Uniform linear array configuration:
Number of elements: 4
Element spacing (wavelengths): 0.75
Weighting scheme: hann
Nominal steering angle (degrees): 15
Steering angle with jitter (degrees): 13.3
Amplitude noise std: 0.05
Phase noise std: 0.05

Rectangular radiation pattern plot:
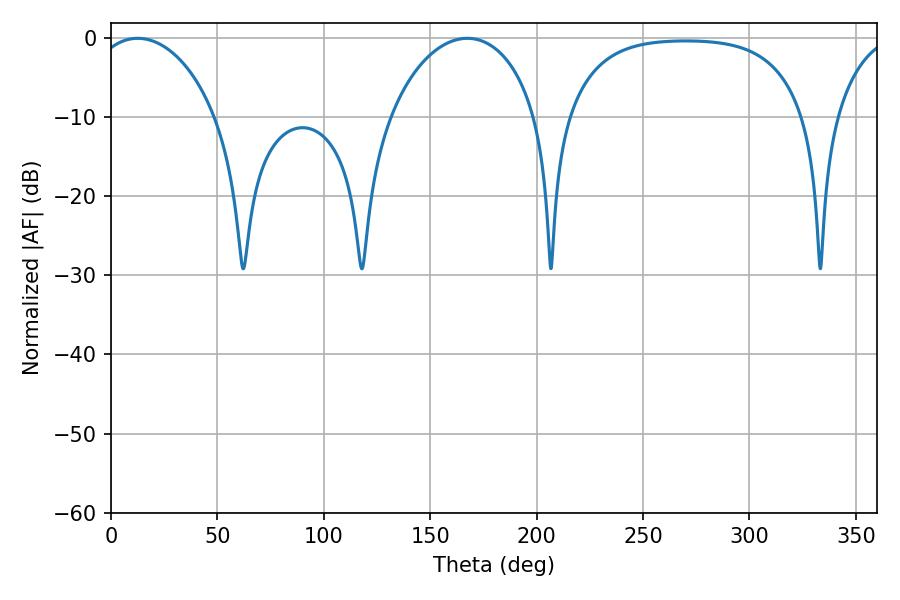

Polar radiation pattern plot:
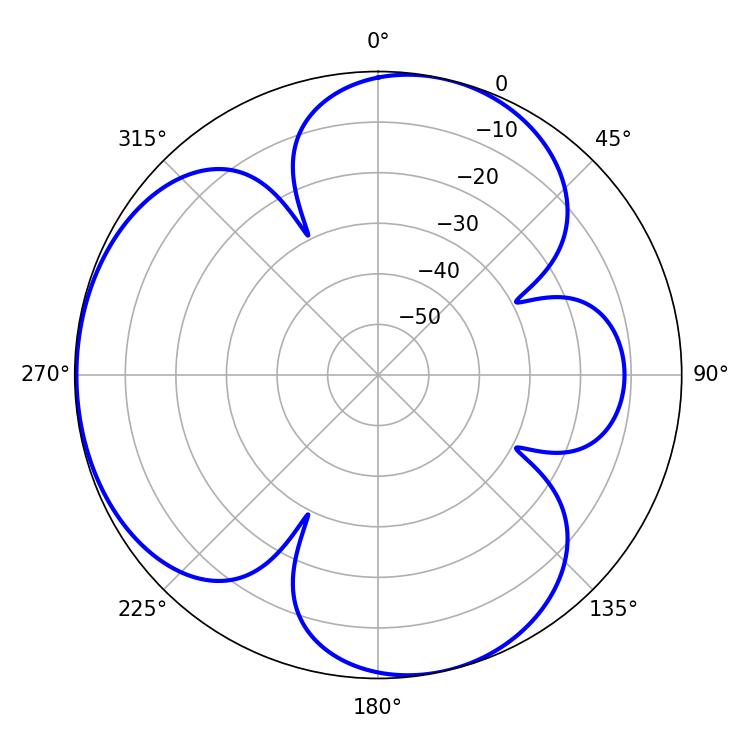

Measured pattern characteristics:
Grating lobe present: TRUE
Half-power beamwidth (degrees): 33.3
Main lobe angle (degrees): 12.6